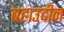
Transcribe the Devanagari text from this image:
बहाउदीन